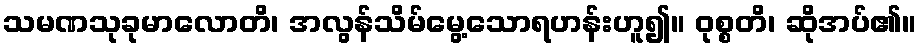
သမဏသုခုမာလောတိ၊ အလွန်သိမ်မွေ့သောရဟန်းဟူ၍။ ဝုစ္စတိ၊ ဆိုအပ်၏။